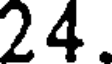
24.